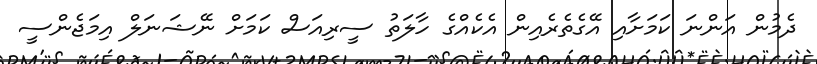
ދެމުން އަންނަ ކަމަށާއި އޭގެތެރެއިން އެކެއްގެ ހާލަތު ސީރިއަސް ކަމަށް ނޭޝަނަލް އިމަޖެންސީ